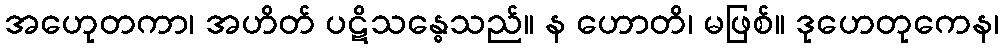
အဟေုတကာ၊ အဟိတ် ပဋိသန္ဓေသည်။ န ဟောတိ၊ မဖြစ်။ ဒုဟေတုကေန၊